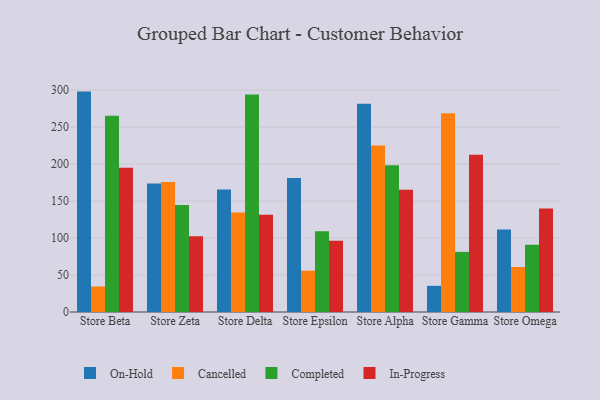
{"axis": {"x": "Store", "y": "Production Output"}, "legend": ["Cancelled", "Completed", "In-Progress", "On-Hold"], "data": [{"x": "Store Beta", "y": 298.1, "type": "On-Hold"}, {"x": "Store Beta", "y": 34.5, "type": "Cancelled"}, {"x": "Store Beta", "y": 265.4, "type": "Completed"}, {"x": "Store Beta", "y": 195.0, "type": "In-Progress"}, {"x": "Store Zeta", "y": 173.9, "type": "On-Hold"}, {"x": "Store Zeta", "y": 175.9, "type": "Cancelled"}, {"x": "Store Zeta", "y": 144.6, "type": "Completed"}, {"x": "Store Zeta", "y": 102.4, "type": "In-Progress"}, {"x": "Store Delta", "y": 165.8, "type": "On-Hold"}, {"x": "Store Delta", "y": 134.5, "type": "Cancelled"}, {"x": "Store Delta", "y": 294.2, "type": "Completed"}, {"x": "Store Delta", "y": 131.7, "type": "In-Progress"}, {"x": "Store Epsilon", "y": 181.3, "type": "On-Hold"}, {"x": "Store Epsilon", "y": 55.9, "type": "Cancelled"}, {"x": "Store Epsilon", "y": 109.2, "type": "Completed"}, {"x": "Store Epsilon", "y": 96.2, "type": "In-Progress"}, {"x": "Store Alpha", "y": 281.6, "type": "On-Hold"}, {"x": "Store Alpha", "y": 225.2, "type": "Cancelled"}, {"x": "Store Alpha", "y": 198.6, "type": "Completed"}, {"x": "Store Alpha", "y": 165.4, "type": "In-Progress"}, {"x": "Store Gamma", "y": 35.4, "type": "On-Hold"}, {"x": "Store Gamma", "y": 268.9, "type": "Cancelled"}, {"x": "Store Gamma", "y": 81.3, "type": "Completed"}, {"x": "Store Gamma", "y": 212.7, "type": "In-Progress"}, {"x": "Store Omega", "y": 111.6, "type": "On-Hold"}, {"x": "Store Omega", "y": 60.9, "type": "Cancelled"}, {"x": "Store Omega", "y": 91.0, "type": "Completed"}, {"x": "Store Omega", "y": 140.1, "type": "In-Progress"}]}